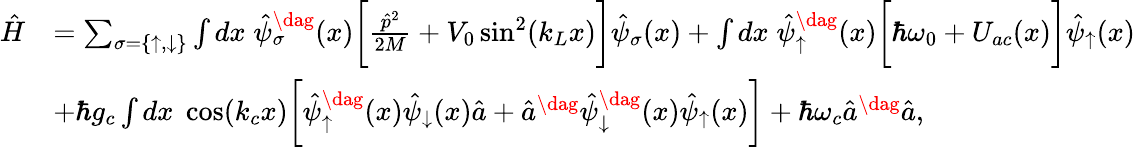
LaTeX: \begin{array}{rl}{\hat{H}}&{=\sum_{\sigma=\{ \uparrow,\downarrow\} }\int dx\; \hat{\psi}_{\sigma}^{\dag}(x)\bigg[\frac{\hat{p}^{2}}{2M}+V_{0}\sin^{2}(k_{L}x)\bigg]\hat{\psi}_{\sigma}(x)+\int dx\; \hat{\psi}_{\uparrow}^{\dag}(x)\bigg[\hbar\omega_{0}+U_{ac}(x)\bigg]\hat{\psi}_{\uparrow}(x)}\\ &{+\hbar g_{c}\int dx\; \cos(k_{c}x)\bigg[\hat{\psi}_{\uparrow}^{\dag}(x)\hat{\psi}_{\downarrow}(x)\hat{a}+\hat{a}^{\dag}\hat{\psi}_{\downarrow}^{\dag}(x)\hat{\psi}_{\uparrow}(x)\bigg]+\hbar\omega_{c}\hat{a}^{\dag}\hat{a},}\end{array}